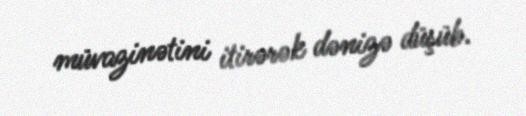
müvazinətini itirərək dənizə düşüb.